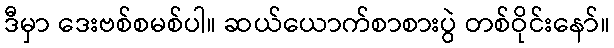
ဒီမှာ ဒေးဗစ်စမစ်ပါ။ ဆယ်ယောက်စာစားပွဲ တစ်ဝိုင်းနော်။